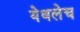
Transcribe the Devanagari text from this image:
येथलेच